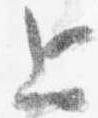
上